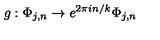
g : \Phi _ { j , n } \to e ^ { 2 \pi i n / k } \Phi _ { j , n }